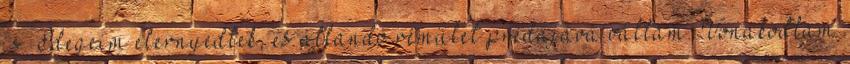
is. Idegeim elernyedtek, és állandó rémület prédájává váltam. Vonakodtam